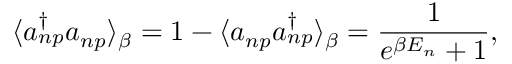
\langle a _ { n p } ^ { \dag } a _ { n p } \rangle _ { \beta } = 1 - \langle a _ { n p } a _ { n p } ^ { \dag } \rangle _ { \beta } = \frac { 1 } { e ^ { \beta E _ { n } } + 1 } , \nonumber